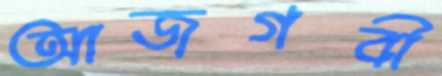
আজগবী